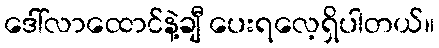
ဒေါ်လာထောင်နဲ့ချီ ပေးရလေ့ရှိပါတယ်။